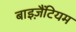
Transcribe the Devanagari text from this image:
बाइज़ैंटियम